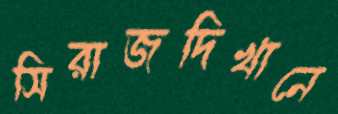
সিরাজদিখানে